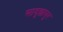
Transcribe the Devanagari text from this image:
सादुल्लापुर